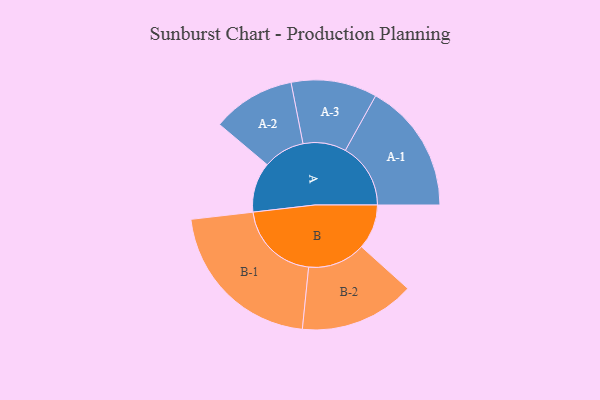
{"axis": {"x": "Segment", "y": "Value"}, "legend": ["", "A", "B"], "data": [{"x": "A", "y": 177, "type": ""}, {"x": "B", "y": 159, "type": ""}, {"x": "A-1", "y": 231, "type": "A"}, {"x": "A-2", "y": 147, "type": "A"}, {"x": "A-3", "y": 152, "type": "A"}, {"x": "B-1", "y": 294, "type": "B"}, {"x": "B-2", "y": 204, "type": "B"}]}